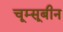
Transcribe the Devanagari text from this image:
चूम्सूबीन